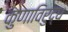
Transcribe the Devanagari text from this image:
कुणाविरुद्ध